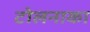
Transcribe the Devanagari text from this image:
टोलनाका